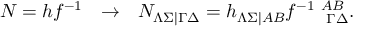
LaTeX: { \cal N } = h f ^ { - 1 } ~ ~ \rightarrow ~ ~ { \cal N } _ { \Lambda \Sigma | \Gamma \Delta } = h _ { \Lambda \Sigma | A B } f _ { ~ ~ ~ ~ ~ \Gamma \Delta } ^ { - 1 ~ A B } .